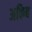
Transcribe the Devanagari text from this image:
अकिब